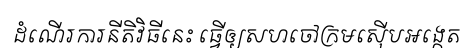
ដំណើរការនីតិវិធីនេះ ធ្វើឲ្យសហចៅក្រមស៊ើបអង្កេត